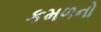
કમળનો